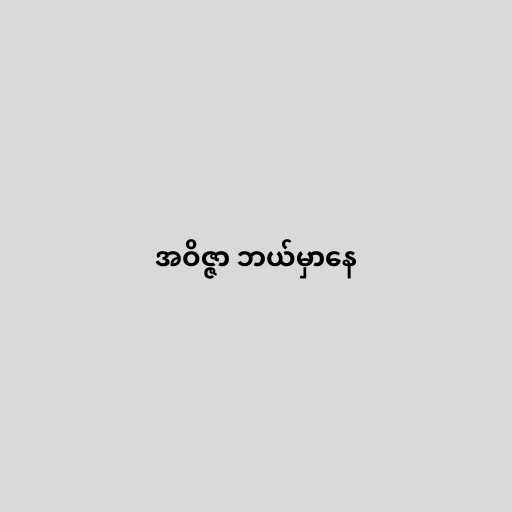
အဝိဇ္ဇာ ဘယ်မှာနေ